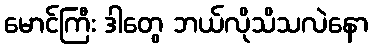
မောင်ကြီး ဒါတွေ ဘယ်လိုသိသလဲနော